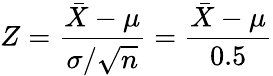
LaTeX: Z={\frac{{\bar{X}}-\mu}{\sigma/{\sqrt{n}}}}={\frac{{\bar{X}}-\mu}{0.5}}